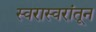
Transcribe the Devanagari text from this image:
स्वरास्वरांतून